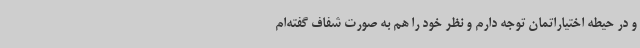
و در حیطه اختیاراتمان توجه دارم و نظر خود را هم به صورت شفاف گفته‌ام